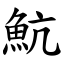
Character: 魧